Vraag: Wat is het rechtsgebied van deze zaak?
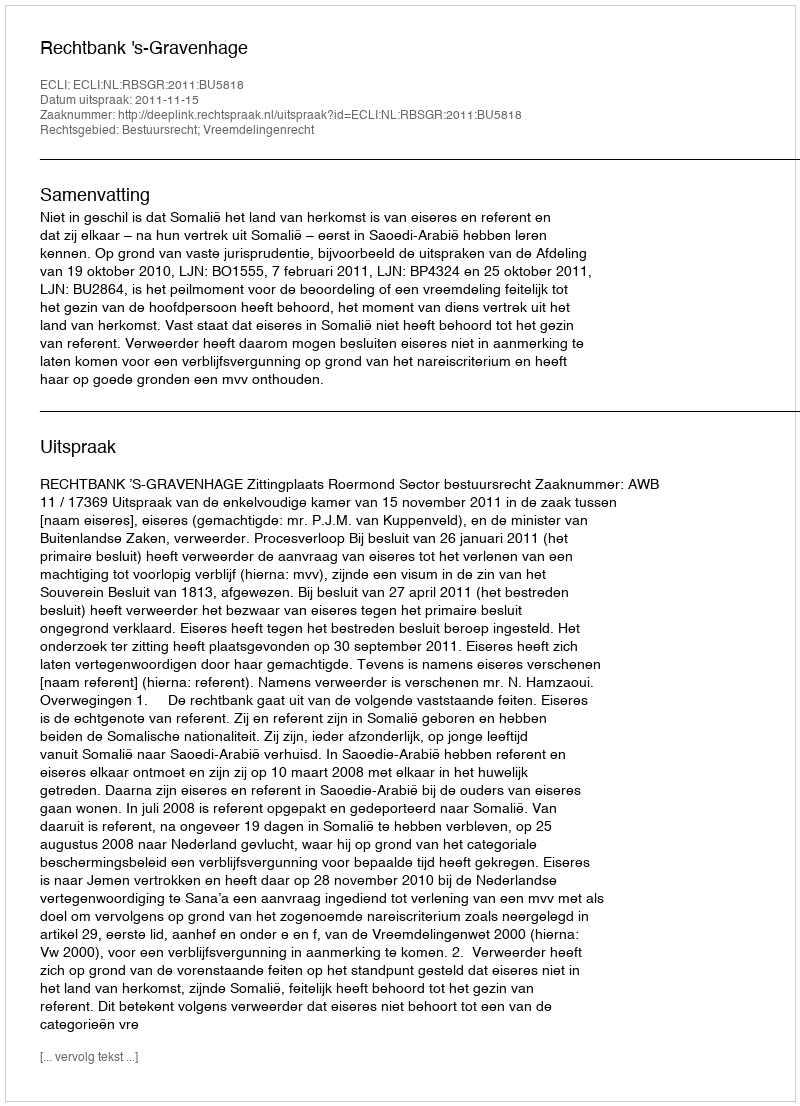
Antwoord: Bestuursrecht; Vreemdelingenrecht